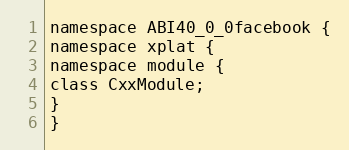
Language: C
namespace ABI40_0_0facebook {
namespace xplat {
namespace module {
class CxxModule;
}
}